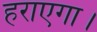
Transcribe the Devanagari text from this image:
हराएगा।